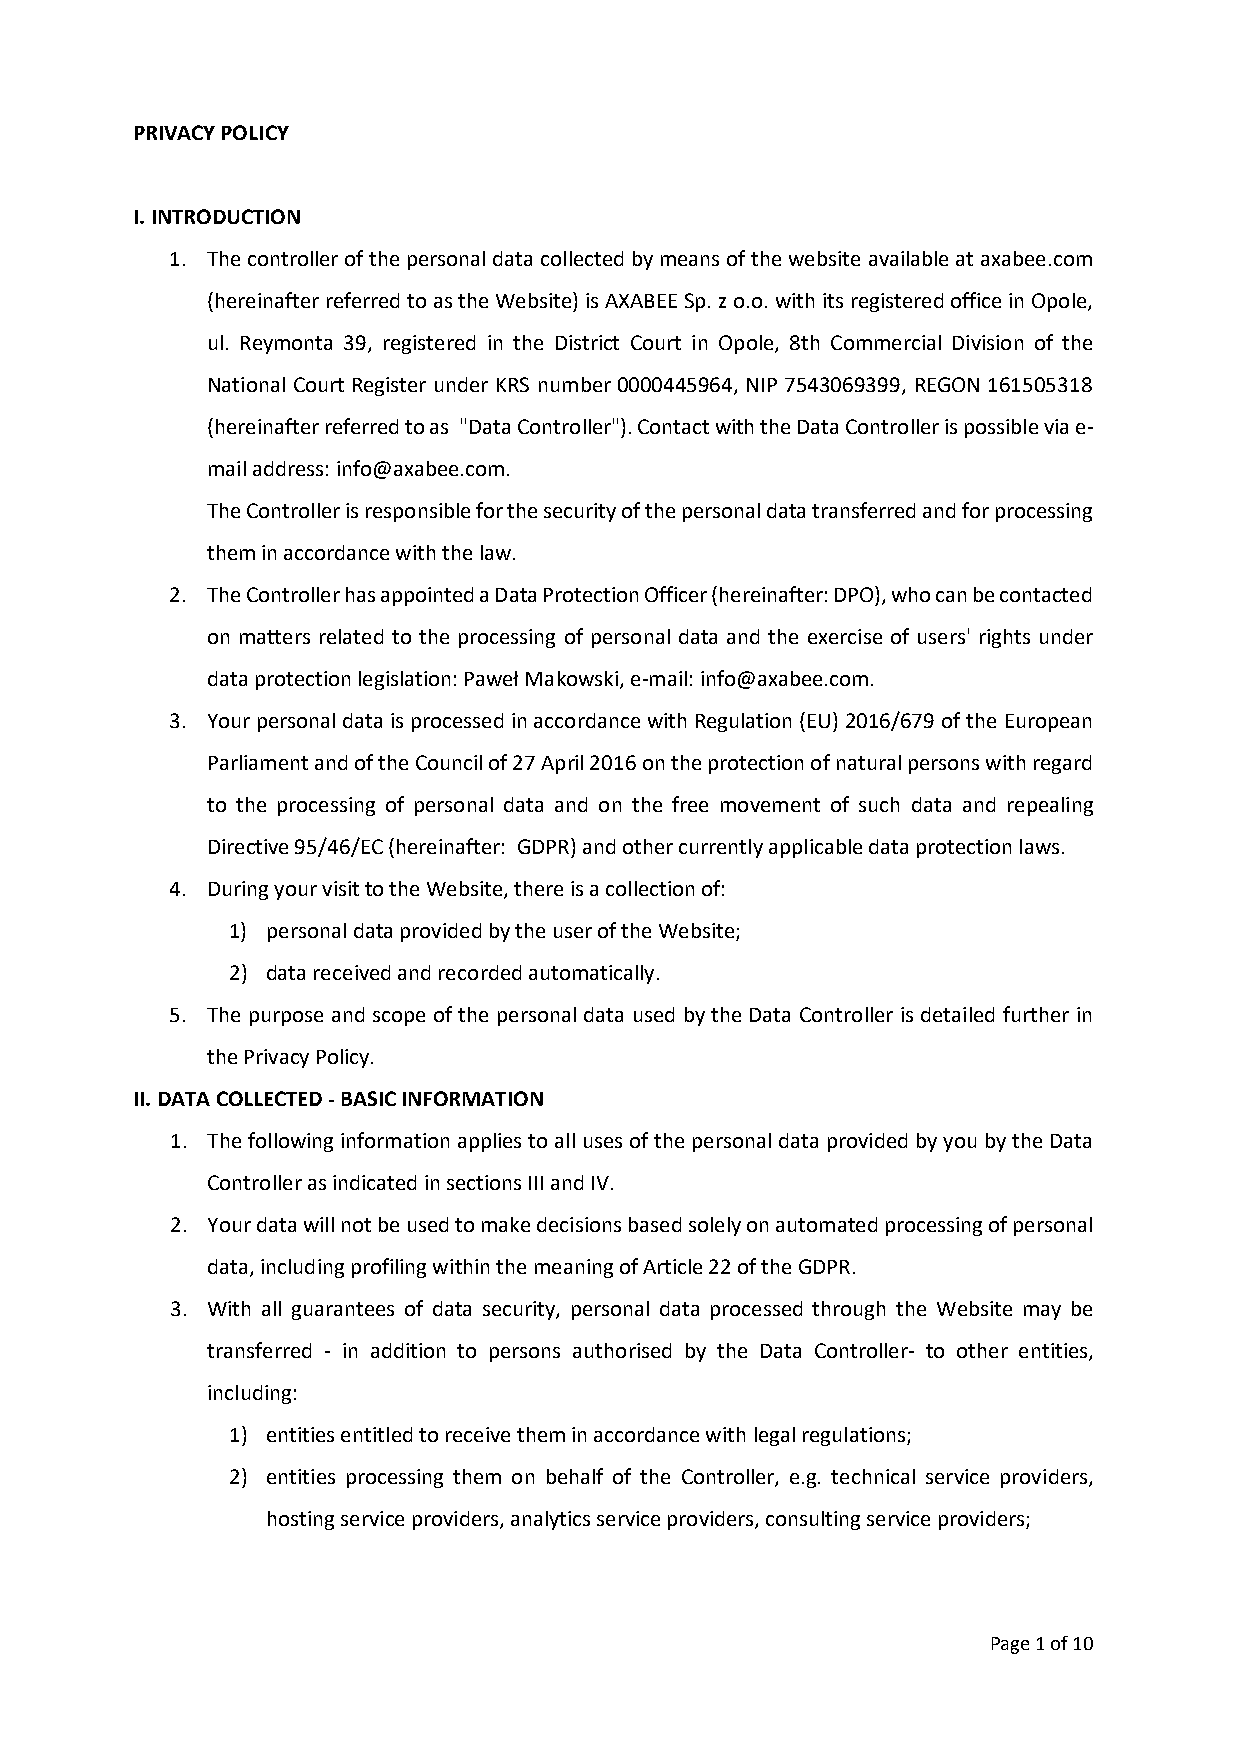
PRIVACY POLICY
 I. INTRODUCTION
 1. The controller of the personal data collected by means of the website available at axabee.com
 (hereinafter referred to as the Website) is AXABEE Sp. z o.o. with its registered office in Opole,
 ul. Reymonta 39, registered in the District Court in Opole, 8th Commercial Division of the
 National Court Register under KRS number 0000445964, NIP 7543069399, REGON 161505318
 (hereinafter referred to as "Data Controller"). Contact with the Data Controller is possible via e-
 mail address: info@axabee.com.
 The Controller is responsible for the security of the personal data transferred and for processing
 them in accordance with the law.
 2. The Controller has appointed a Data Protection Officer (hereinafter: DPO), who can be contacted
 on matters related to the processing of personal data and the exercise of users' rights under
 data protection legislation: Paweł Makowski, e-mail: info@axabee.com.
 3. Your personal data is processed in accordance with Regulation (EU) 2016/679 of the European
 Parliament and of the Council of 27 April 2016 on the protection of natural persons with regard
 to the processing of personal data and on the free movement of such data and repealing
 Directive 95/46/EC (hereinafter: GDPR) and other currently applicable data protection laws.
 4. During your visit to the Website, there is a collection of:
 1) personal data provided by the user of the Website;
 2) data received and recorded automatically.
 5. The purpose and scope of the personal data used by the Data Controller is detailed further in
 the Privacy Policy.
 II. DATA COLLECTED - BASIC INFORMATION
 1. The following information applies to all uses of the personal data provided by you by the Data
 Controller as indicated in sections III and IV.
 2. Your data will not be used to make decisions based solely on automated processing of personal
 data, including profiling within the meaning of Article 22 of the GDPR.
 3. With all guarantees of data security, personal data processed through the Website may be
 transferred - in addition to persons authorised by the Data Controller- to other entities,
 including:
 1) entities entitled to receive them in accordance with legal regulations;
 2) entities processing them on behalf of the Controller, e.g. technical service providers,
 hosting service providers, analytics service providers, consulting service providers;
 Page 1 of 10